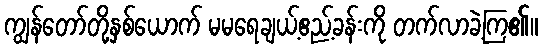
ကျွန်တော်တို့နှစ်ယောက် မမရေချယ့်ဧည့်ခန်းကို တက်လာခဲ့ကြ၏။